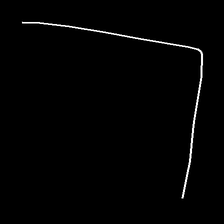
Glyph: region